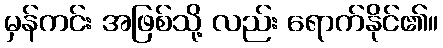
မှန်ကင်း အဖြစ်သို့ လည်း ရောက်နိုင်၏။